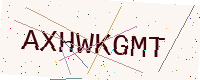
Text: AXHWKGMT